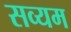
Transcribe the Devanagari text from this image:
सव्यम